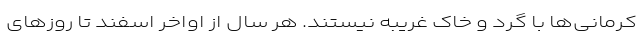
کرمانی‌ها با گرد و خاک غریبه نیستند. هر سال از اواخر اسفند تا روزهای